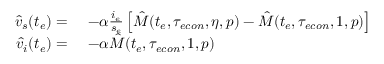
\begin{array} { r l } { \hat { v } _ { s } ( t _ { e } ) = } & { \ - \alpha \frac { i _ { e } } { s _ { e } } \left[ \hat { M } ( t _ { e } , { \tau _ { e c o n } } , \eta , p ) - \hat { M } ( t _ { e } , { \tau _ { e c o n } } , 1 , p ) \right] } \\ { \hat { v } _ { i } ( t _ { e } ) = } & { \ - \alpha \hat { M } ( t _ { e } , { \tau _ { e c o n } } , 1 , p ) } \end{array}